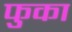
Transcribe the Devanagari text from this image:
फुका